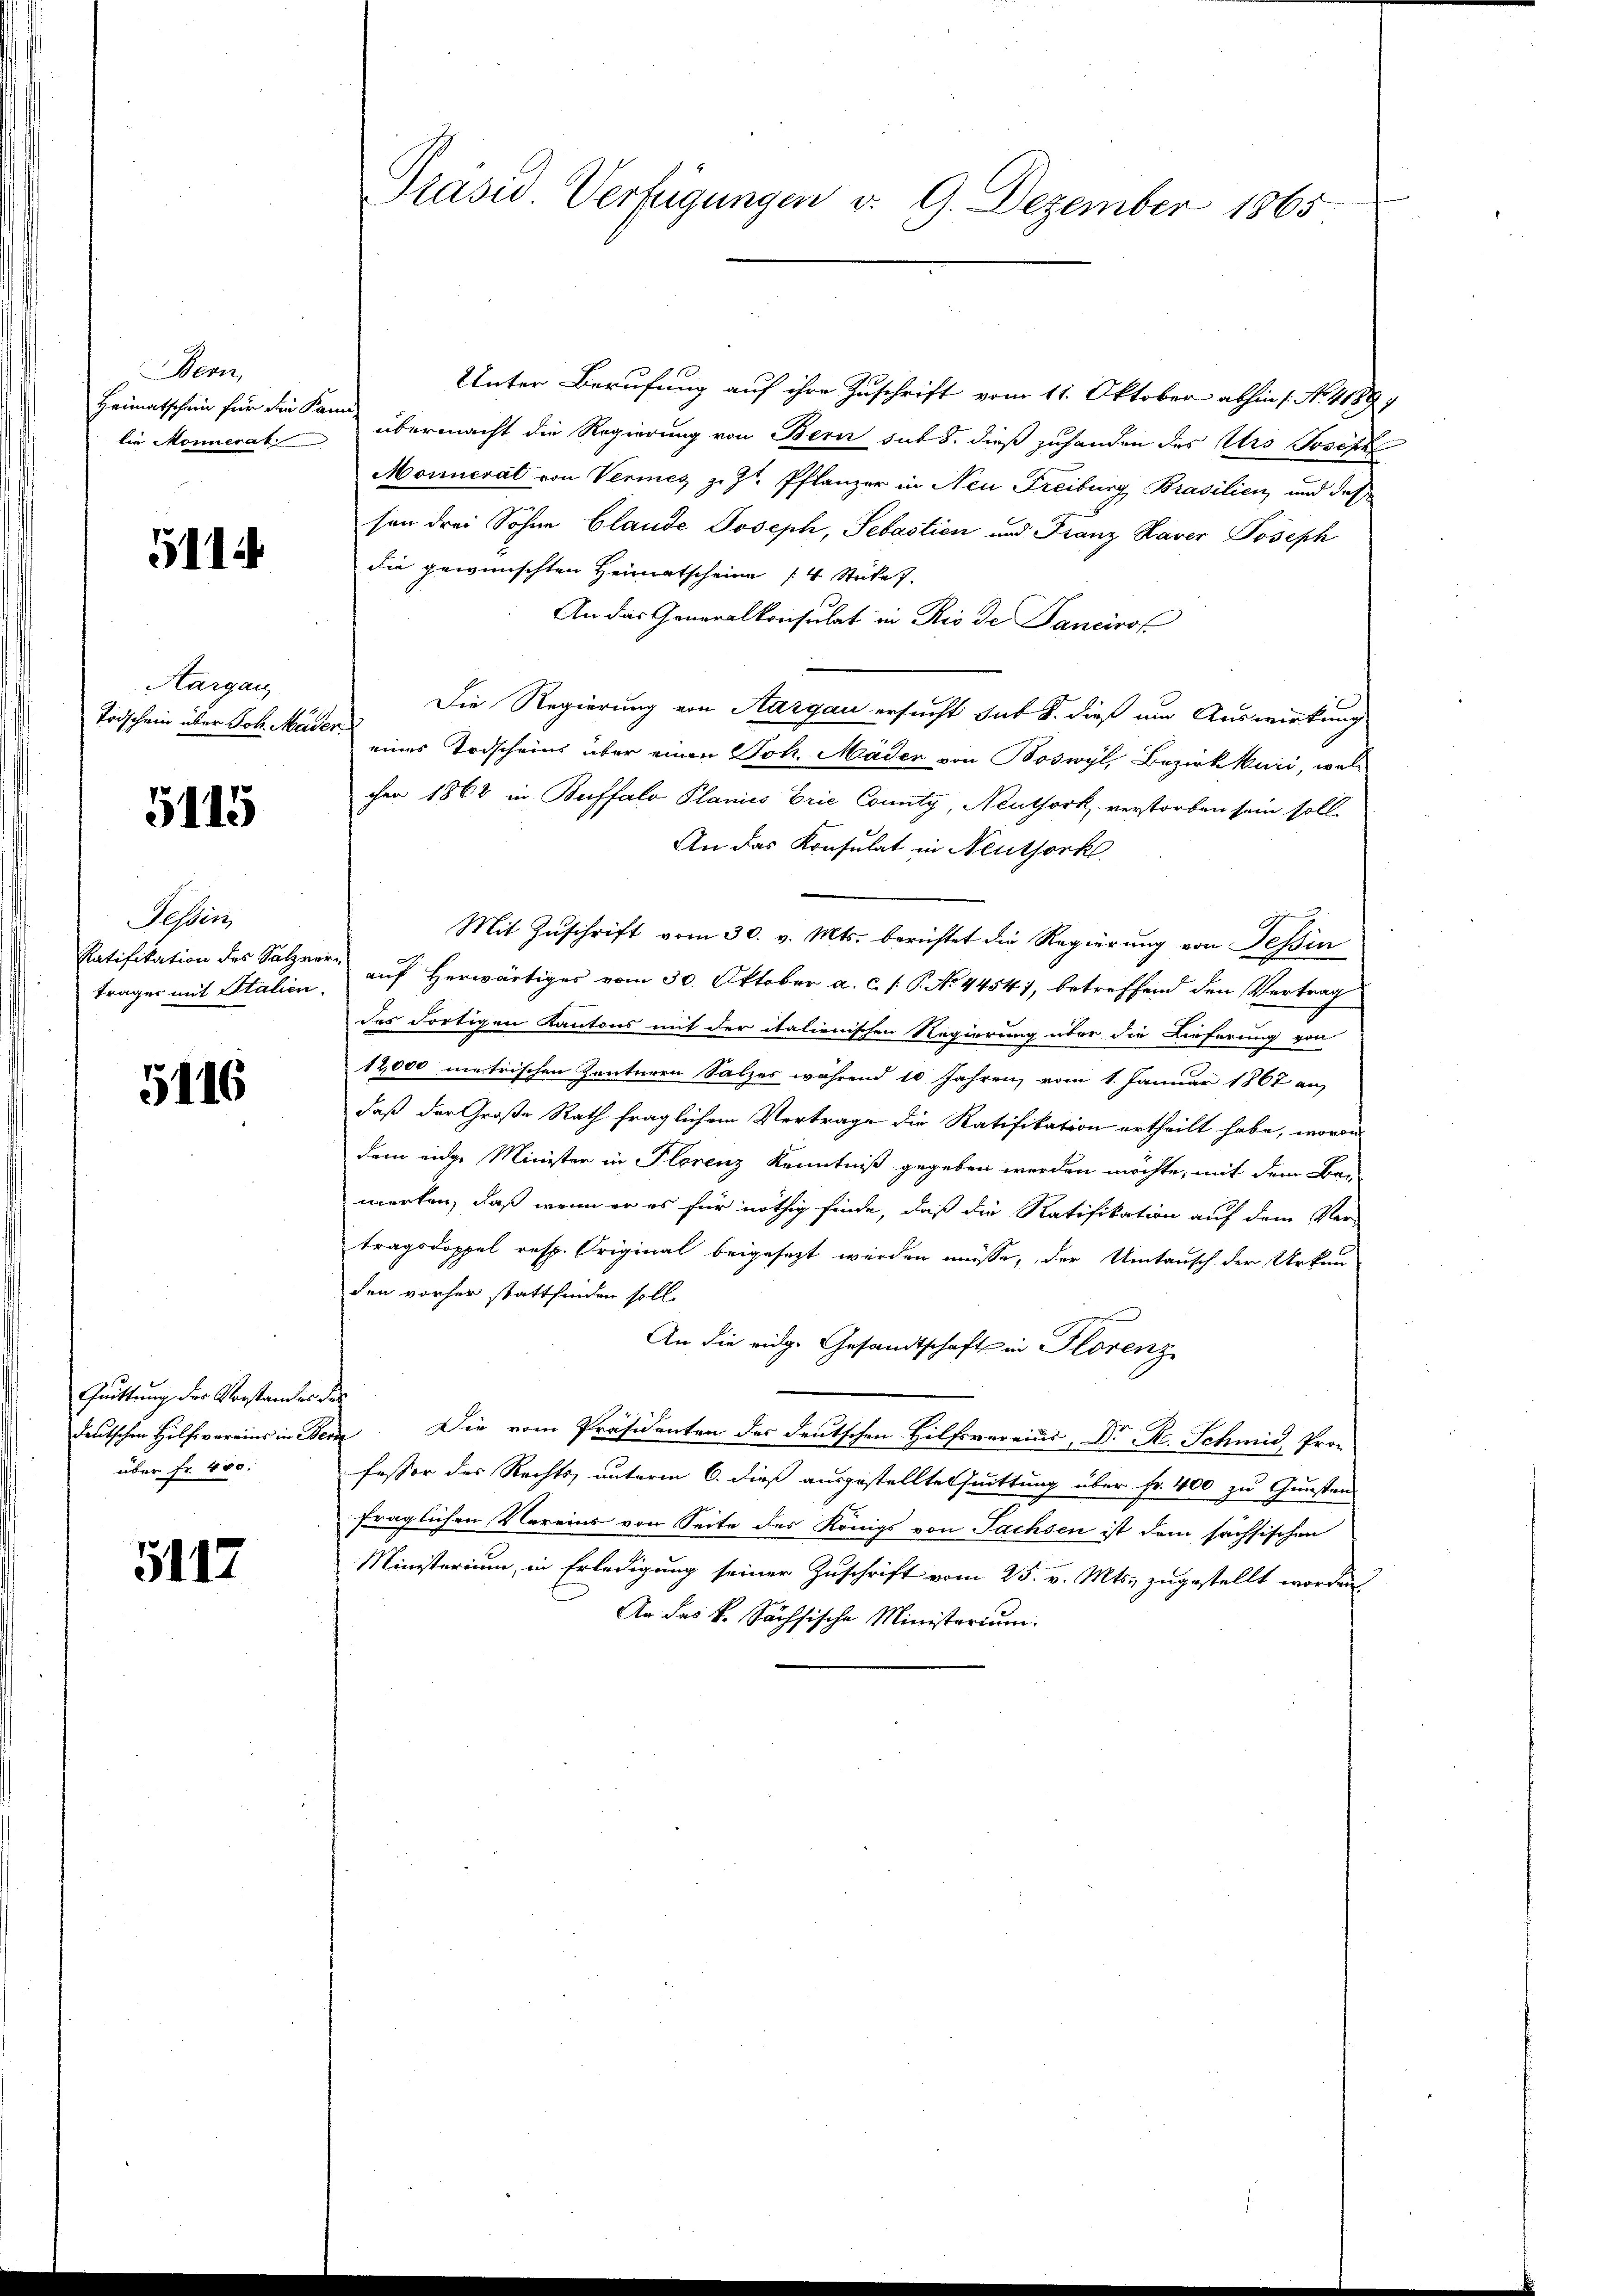
Bern,
lie Monnerat

5114

Aargau

5115

Sessen
träger mit Stalien.

5116

Quittung der Verstandes de
deutschen Hilfsvereins in Ber
über fr. 400.

5117

Präsid. Verfügungen v. 9. Dezember 1865

Unter Berufung auf ihre Zuschrift vom 11. Oktober abhin 1. No. 4189/
Heimatschein für die Kann übermacht die Regierung von Berer sub 8. dieß zuhanden des Urs Joseph
Monnerat von Vermes z. Zt. Pflanzer in Neu Freiburg Brasilien, und daß
son drei Söhne blande Joseph, Sebastien und Franz Haver Joseph
die gewünschten Heimatscheine 14 Stückes.
An das Generalkonsulat in Rio de Tancirof
Die Regierung von Aargau ersucht sub 8. dieß um Auswirkung
Todschein über Joh. Maier eines Todscheins über einen Joh. Mäden von Boswyl, Bezirk Muri, wel
chen 1862 in Buffalo Planies brie County, Neuthork, verstorben sein soll.
An das Konsulat in Neuthork
Mit Zuschrift vom 30. v. Mts. berichtet die Regierung von Tessin
Ratifikation des Salzner auf Herwärtiges vom 30. Oktober a. c. s. S. No 44547, betreffend den Vertrag
des dortigen Kantons mit der italienischen Regierung über die Lieferung von
12,000 metrischen Zentnern Salzes während 10 Jahren vom 1. Januar 1867 an
daß der Große Rath fraglichem Vertrage die Ratifikation ertheilt habe, woran
dem eidge Minister in Florenz Kenntniß gegeben werden möchte, mit dem Bei-
merken, daß wenn er es für nöthig finde, daß die Ratifikation auf dem Ver-
tragsdoppel resp. Original beigesezt werden müsse, der Umtausch der Urkan
den vorher stattfinden soll.
An die eidg. Gesandtschaft in Florenz
¬
. Die vom Präsidenten des deutschen Hilfsvereins, Dr. K. Schmid, Pro-
fessor des Rechts unterm 6. dieß ausgestellte Quittung über Fr. 400 zu Gunsten
fraglichen Vereins von Seite des Königs von Sachsen ist dem sächsischen
Ministerium, in Erledigung seiner Zuschrift vom 25. v. Mts. zugestellt worden
Ar das k. Sächsische Ministerium.